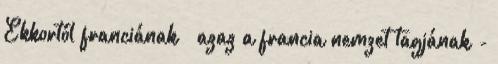
Ekkortól franciának – azaz a francia nemzet tagjának -